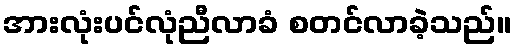
အားလုံးပင်လုံညီလာခံ စတင်လာခဲ့သည်။